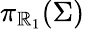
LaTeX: \pi_{\mathbb{R}_{1}}(\Sigma)